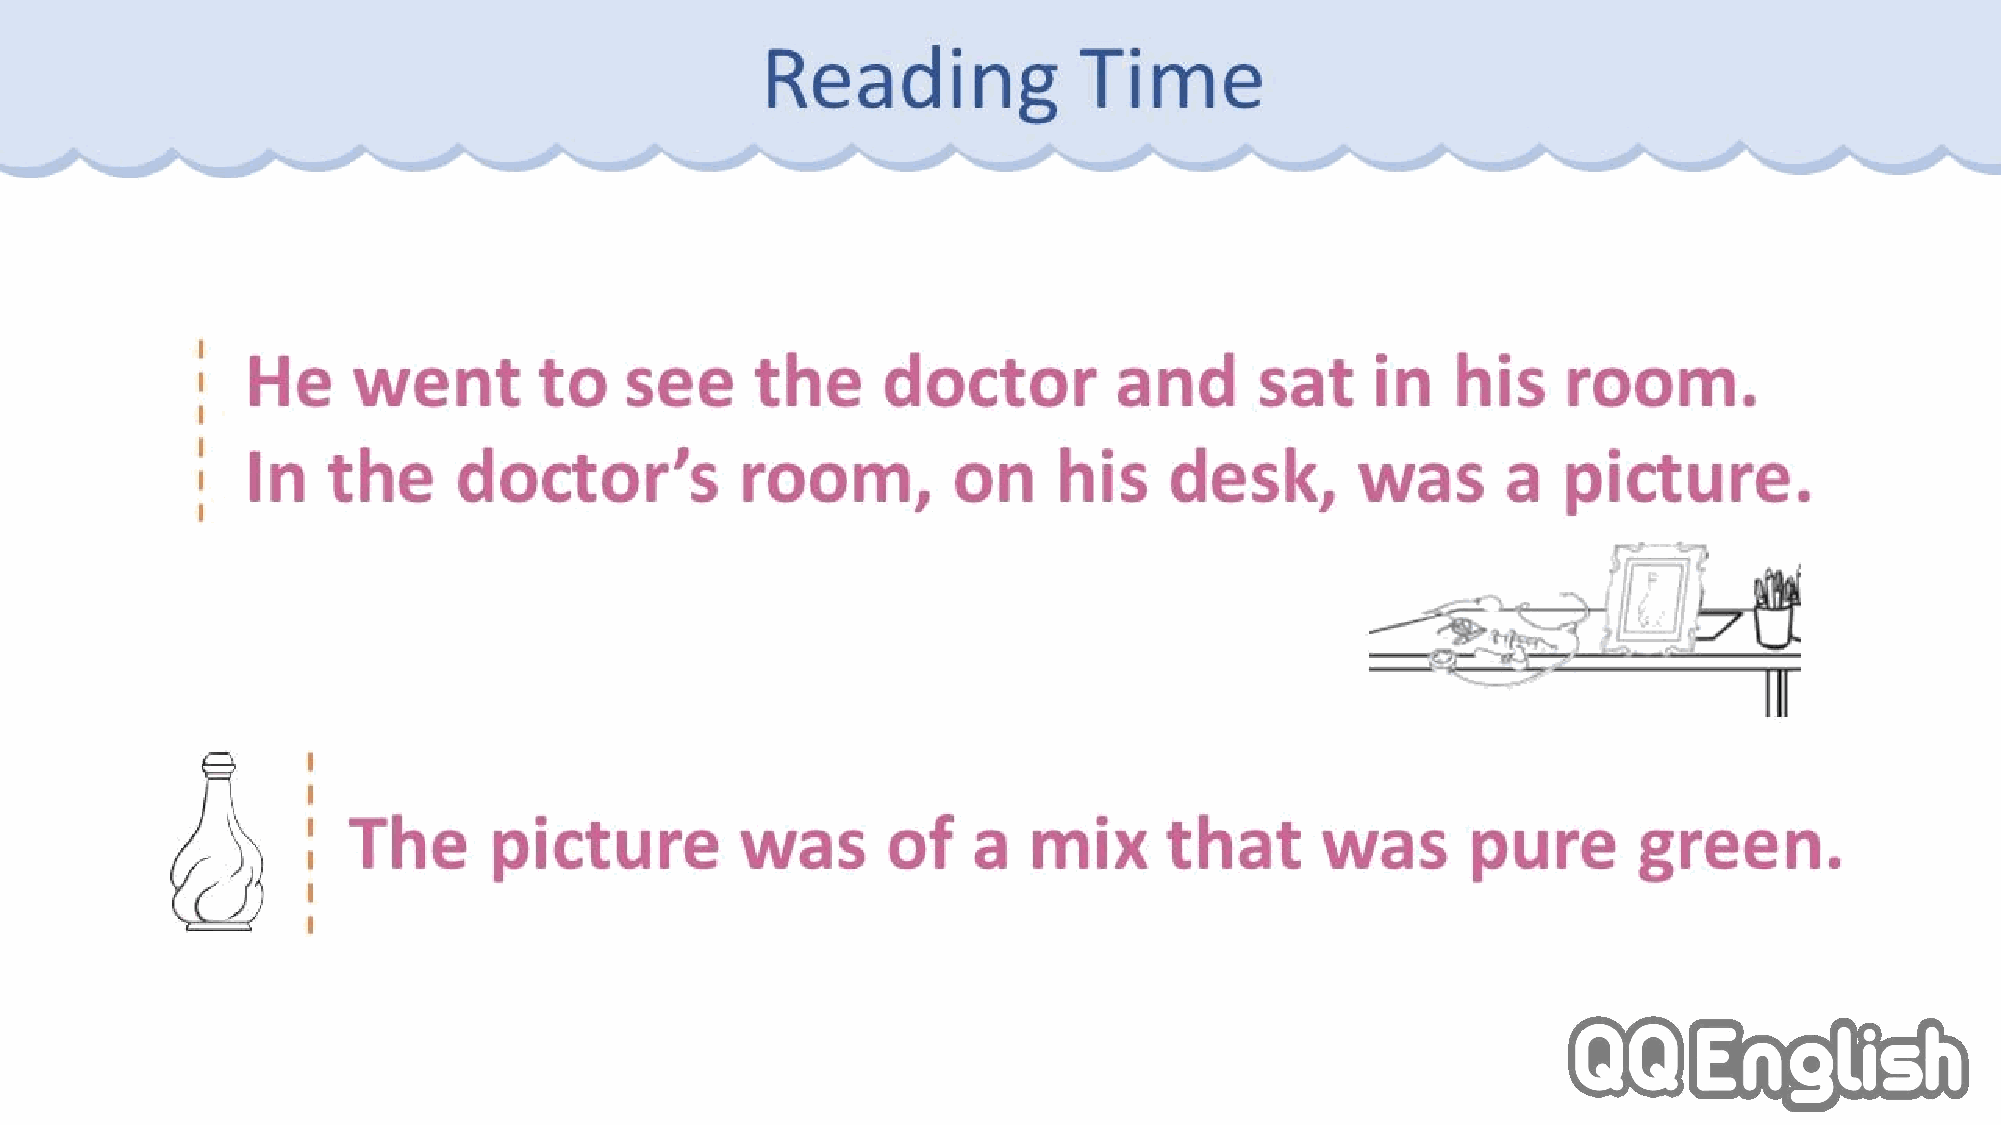
Reading              Time
 He     went         to   see      the     doctor          and      sat     in   his    room.
 In    the     doctor’s           room,         on     his    desk,        was      a   picture.
 The      picture          was       of   a   mix      that      was       pure       green.